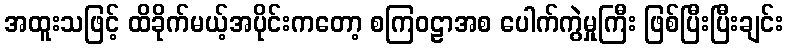
အထူးသဖြင့် ထိခိုက်မယ့်အပိုင်းကတော့ စကြဝဠာအစ ပေါက်ကွဲမှုကြီး ဖြစ်ပြီးပြီးချင်း